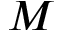
M